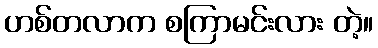
ဟစ်တလာက စကြာမင်းလား တဲ့။